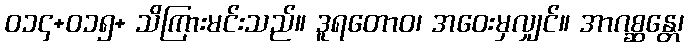
ဝ၁၄+ဝ၁၅+ သိကြားမင်းသည်။ ဒူရတောဝ၊ အဝေးမှလျှင်။ အာဂစ္ဆန္တေ၊